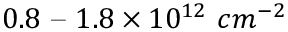
0 . 8 \textrm { -- } 1 . 8 \times 1 0 ^ { 1 2 } \ c m ^ { - 2 }